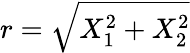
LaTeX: r=\sqrt{X_{1}^{2}+X_{2}^{2}}